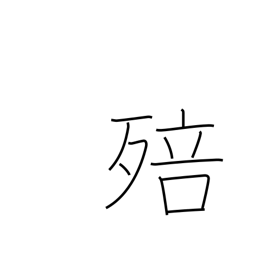
Meaning: grow mouldy